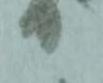
り